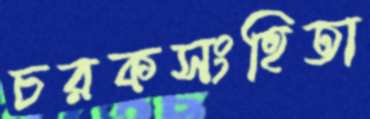
চরকসংহিতা